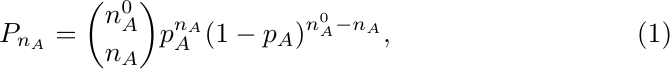
\begin{equation}
P_{n_A}=\binom{n_A^0}{n_A}p_A^{n_A} (1-p_A)^{n_A^0-n_A},
\end{equation}